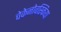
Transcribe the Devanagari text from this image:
चेकेनोवस्किया